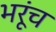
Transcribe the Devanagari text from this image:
भरूंच